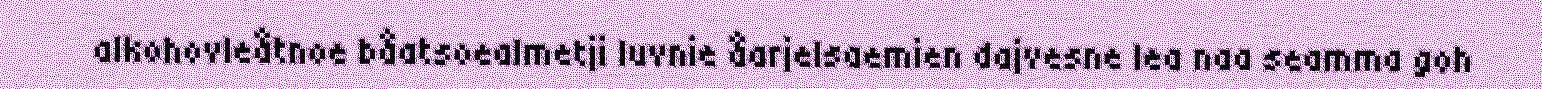
alkohovleåtnoe båatsoealmetji luvnie åarjelsaemien dajvesne lea naa seamma goh